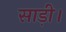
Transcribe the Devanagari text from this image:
साड़ी।